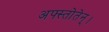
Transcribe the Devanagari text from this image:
अफ्स्तोतेन्।